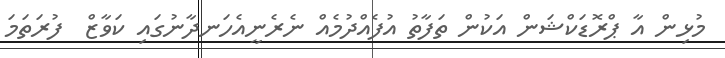
މުޅިން އާ ޕްރޮޑަކްޝަން އަކުން ތަފާތު އުފެއްދުމެއް ނެރެނީއެހަނދާނުގައި ކަވާޒް  ފުރަތަމަ